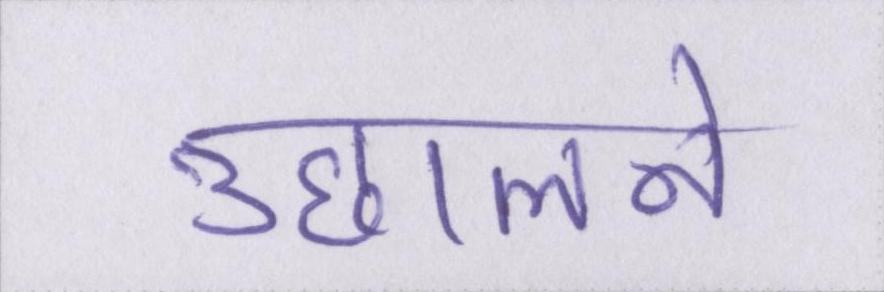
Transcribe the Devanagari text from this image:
उछालने